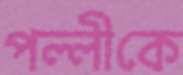
পল্লীকে